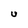
Character: U